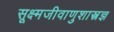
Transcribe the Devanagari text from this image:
सूक्ष्मजीवाणुशास्त्रज्ञ